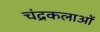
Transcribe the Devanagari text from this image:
चंद्रकलाओं